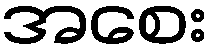
အစေး